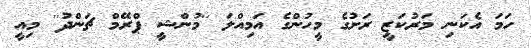
ހަމަ އެކަނި މަރުކަޒީ ރަށުގެ މީހުންގެ އަމިއްލަ ''މުންޝީ ޕްރޭމް ޗަންދު'' މިއީ